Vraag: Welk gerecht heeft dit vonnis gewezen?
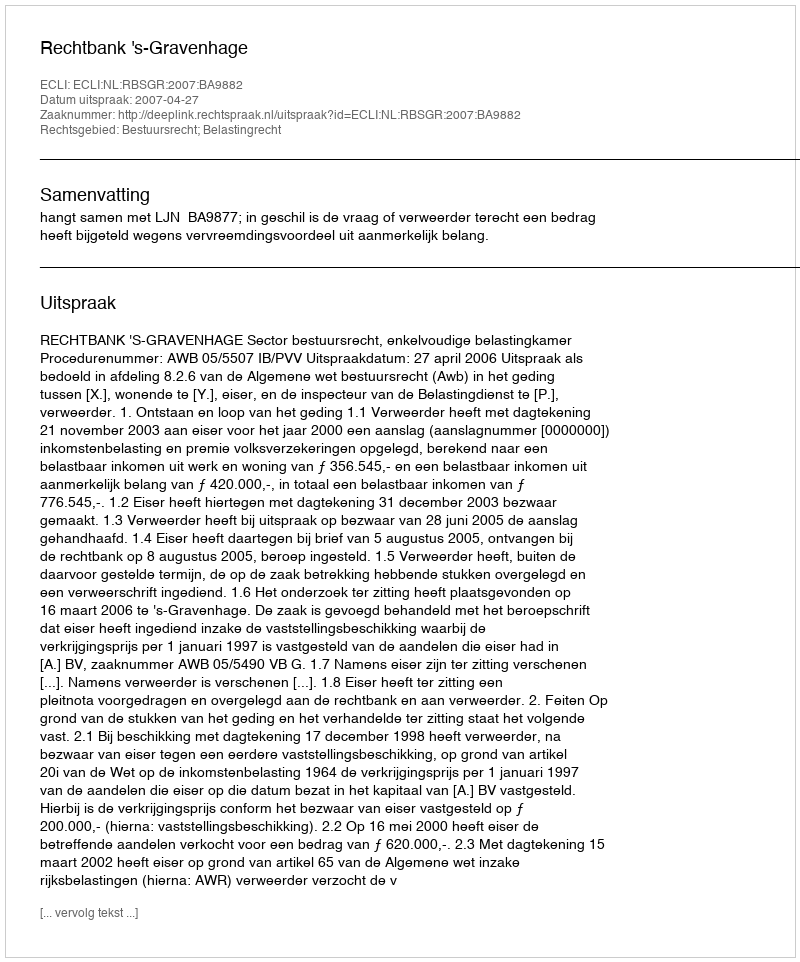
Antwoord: Rechtbank 's-Gravenhage